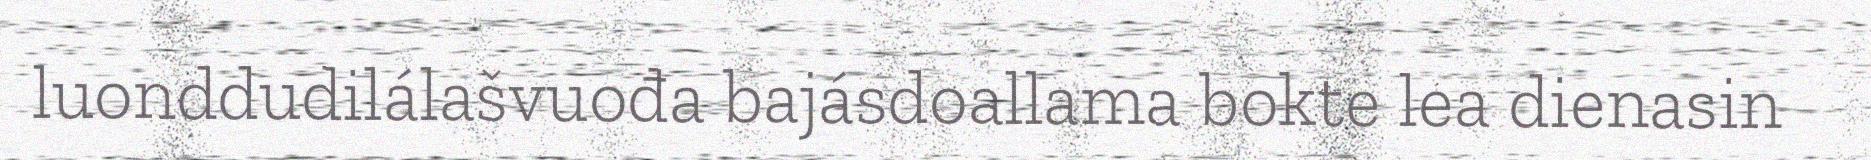
luonddudilálašvuođa bajásdoallama bokte lea dienasin